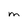
Character: M